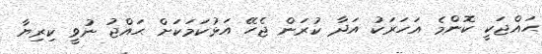
ޙައްޖަކީ ކޮންމެ އަހަރަކު އަދާ ކުރަން ޖެހޭ އަޅުކަމަކަށް ޙައްޖު ނުވީ ކިރިޔާ